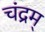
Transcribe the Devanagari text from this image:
चंद्रम्